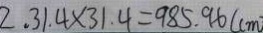
2 , 3 1 . 4 \times 3 1 . 4 = 9 8 5 . 9 6 ( c m )